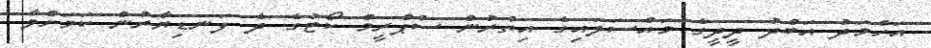
އަހްމަދު އަބްދު ދީދީގެ މައްސަލައިގެ އިތުރުން ސުޕްރީމް ކޯޓުގެ ދެ ފަނޑިޔާރުން ކަމަށްވާ